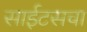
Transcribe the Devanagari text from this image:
साईटसचा